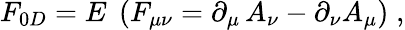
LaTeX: F_{0D}=E\; \left(F_{\mu\nu}=\partial_{\mu}\, A_{\nu}-\partial_{\nu}A_{\mu}\right)\; ,